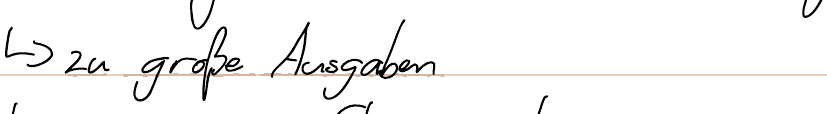
-> zu große Ausgaben